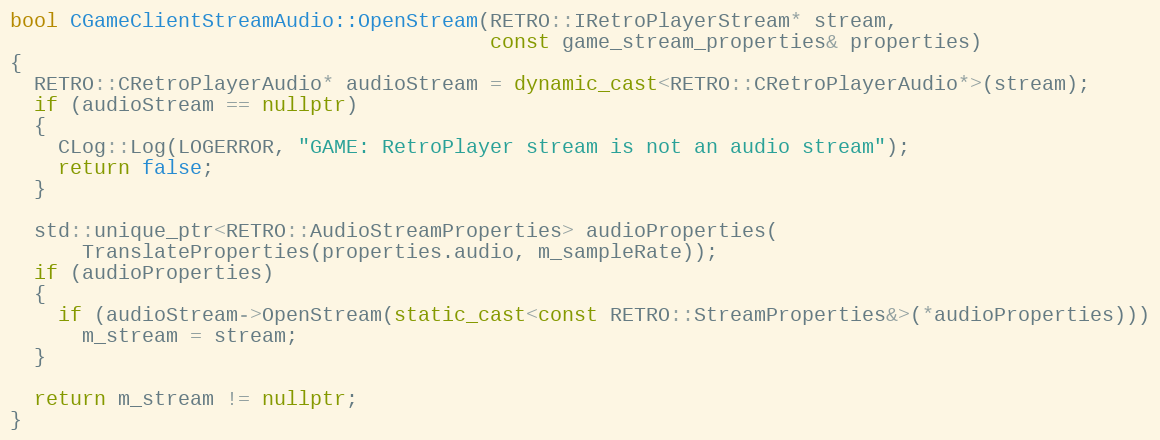
Language: C++
bool CGameClientStreamAudio::OpenStream(RETRO::IRetroPlayerStream* stream,
                                        const game_stream_properties& properties)
{
  RETRO::CRetroPlayerAudio* audioStream = dynamic_cast<RETRO::CRetroPlayerAudio*>(stream);
  if (audioStream == nullptr)
  {
    CLog::Log(LOGERROR, "GAME: RetroPlayer stream is not an audio stream");
    return false;
  }

  std::unique_ptr<RETRO::AudioStreamProperties> audioProperties(
      TranslateProperties(properties.audio, m_sampleRate));
  if (audioProperties)
  {
    if (audioStream->OpenStream(static_cast<const RETRO::StreamProperties&>(*audioProperties)))
      m_stream = stream;
  }

  return m_stream != nullptr;
}